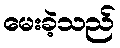
မေးခဲ့သည်